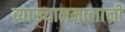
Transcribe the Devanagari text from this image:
व्याख्यानमालांनी